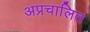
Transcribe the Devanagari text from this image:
अप्रचालित